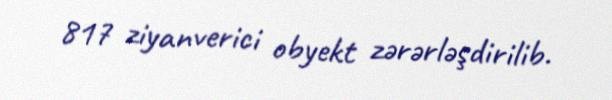
817 ziyanverici obyekt zərərləşdirilib.